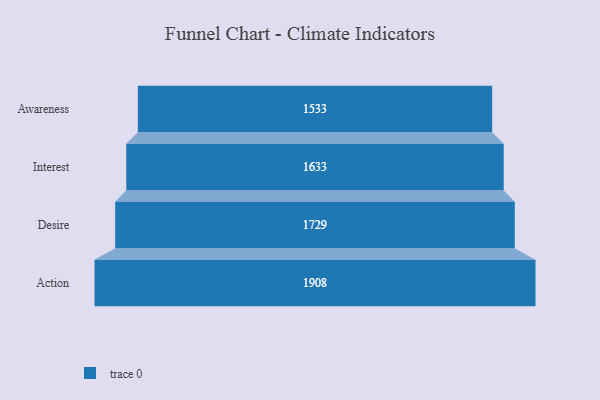
{"axis": {"x": "Stage", "y": "Value"}, "legend": [""], "data": [{"x": "Awareness", "y": 1533.0, "type": ""}, {"x": "Interest", "y": 1633.0, "type": ""}, {"x": "Desire", "y": 1729.0, "type": ""}, {"x": "Action", "y": 1908.0, "type": ""}]}